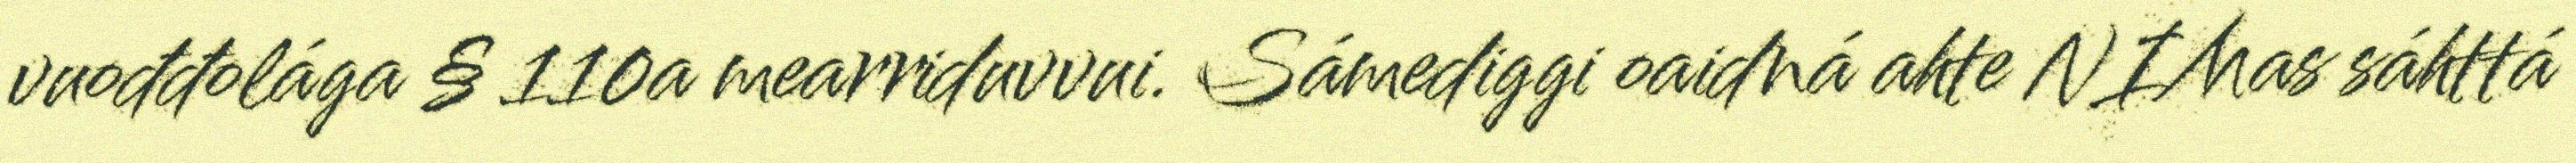
vuođđolága § 110a mearriduvvui. Sámediggi oaidná ahte NIMas sáhttá